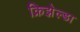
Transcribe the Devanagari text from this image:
क्रिझेल्डा